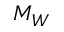
M _ { W }